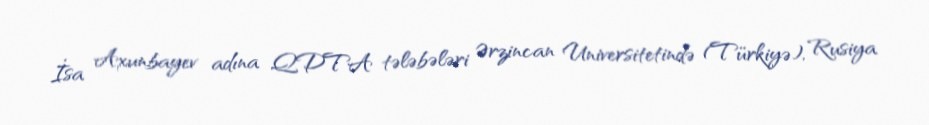
İsa Axunbayev adına QDTA tələbələri Ərzincan Universitetində (Türkiyə), Rusiya